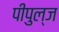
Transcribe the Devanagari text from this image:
पीपुल्ज